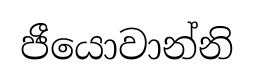
ජීයොවාන්නි